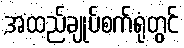
အထည်ချုပ်စက်ရုံတွင်